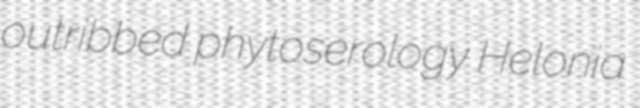
outribbed phytoserology Helonia